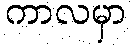
ကာလမှာ